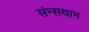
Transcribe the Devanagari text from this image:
संन्सथान